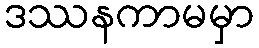
ဒဿနကာမမှာ